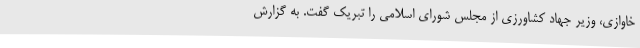
خاوازی، وزیر جهاد کشاورزی از مجلس شورای اسلامی را تبریک گفت. به گزارش